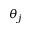
\theta _ { j }